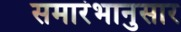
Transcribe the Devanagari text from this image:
समारंभानुसार